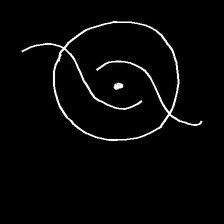
Glyph: repetition